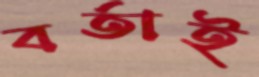
বর্তাই